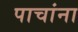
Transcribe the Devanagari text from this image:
पाचांना